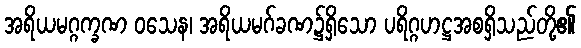
အရိယမဂ္ဂက္ခဏ ဝသေန၊ အရိယမဂ်ခဏ၌ရှိသော ပရိဂ္ဂဟဋ္ဌအစရှိသည်တို့၏